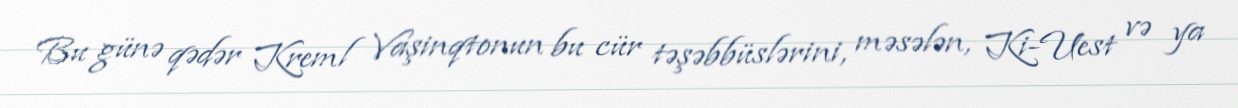
Bu günə qədər Kreml Vaşinqtonun bu cür təşəbbüslərini, məsələn, Ki-Uest və ya